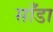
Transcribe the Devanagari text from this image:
साँडा